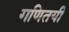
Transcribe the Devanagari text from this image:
गणितयी